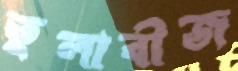
তুলাবীজ